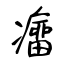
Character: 癅